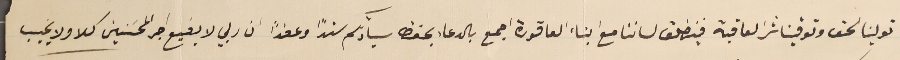
تولينا لحق وتوقينا شر العاقبة فينطلق لساننا مع ابناء العاقورة اجمع بالدعاء بحفظ سيادتكم سندًا وعضدًا ان ربي لا يضيع اجر المحسَنين كلا ولا يخيب